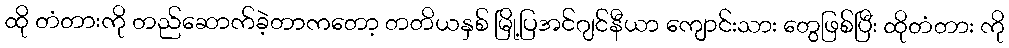
ထို တံတားကို တည်ဆောက်ခဲ့တာကတော့ တတိယနှစ် မြို့ပြအင်ဂျင်နီယာ ကျောင်းသား တွေဖြစ်ပြီး ထိုတံတား ကို